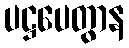
ပဋ္ဌပေတွာန